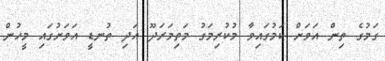
ގަމުގެ ތިން އަވަށް ކަމުގައިވާ މުކުރިމަގު މަތިމަރަދޫ އަދި ތުނޑީ އަވަށުގައި މީހުން